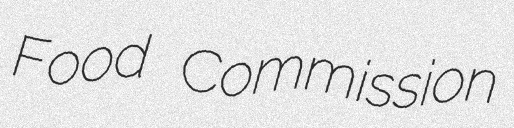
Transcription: Food Commission